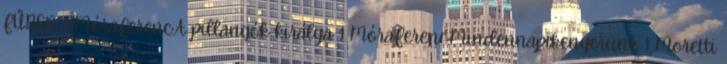
FŰBEN 1 MóraFerenc:A pillangók királya 1 MóraFerenc:Mindennapikenyerünk 1 Moretti